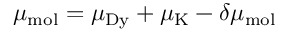
\mu _ { \mathrm { m o l } } = \mu _ { \mathrm { D y } } + \mu _ { \mathrm { K } } - \delta \mu _ { \mathrm { m o l } }